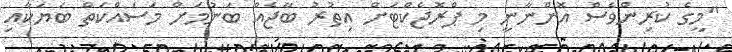
"މީގެ ކުރިންވެސް އޮންނާނީ މި ޕްރޮޖެކްޓަށް އިތުރު ބާޖެއް ބަނުމަށް މަސައްކަތް ބަޔަކާއި